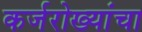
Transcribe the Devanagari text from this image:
कर्जरोख्यांचा